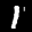
Label: 1